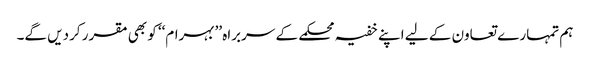
ہم تمہارے تعاون کے لیے اپنے خفیہ محکمے کے سربراہ ’’بہرام‘‘ کو بھی مقرر کردیں گے۔